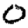
Digit: 0